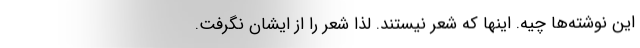
این نوشته‌ها چیه. اینها که شعر نیستند. لذا شعر را از ایشان نگرفت.